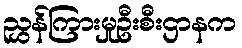
ညွှန်ကြားမှုဦးစီးဌာနက